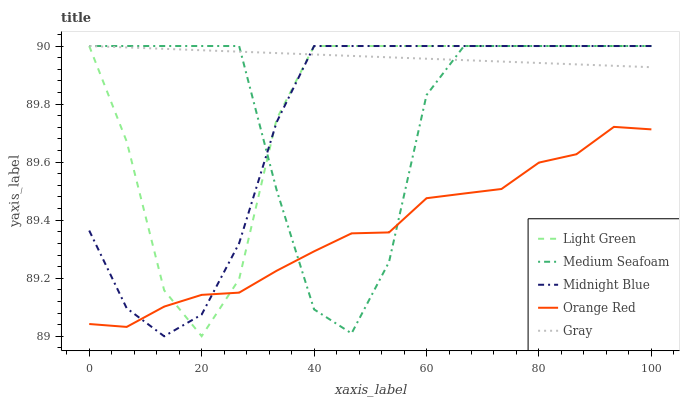
| xaxis_label | Light Green | Medium Seafoam | Midnight Blue | Orange Red | Gray |
 | --- | --- | --- | --- | --- | --- |
 | 0 | 90 | 90 | 89.4 | 89 | 90 |
 | 6.67 | 89.7 | 90 | 89.1 | 89 | 90 |
 | 13.3 | 89.2 | 90 | 89 | 89.1 | 90 |
 | 20 | 89 | 90 | 89.1 | 89.1 | 90 |
 | 26.7 | 89.2 | 90 | 89.3 | 89.2 | 90 |
 | 33.3 | 89.7 | 89.5 | 89.7 | 89.2 | 90 |
 | 40 | 90 | 89.1 | 90 | 89.3 | 90 |
 | 46.7 | 90 | 89 | 90 | 89.4 | 90 |
 | 53.3 | 90 | 89.3 | 90 | 89.4 | 90 |
 | 60 | 90 | 89.8 | 90 | 89.5 | 90 |
 | 66.7 | 90 | 90 | 90 | 89.5 | 90 |
 | 73.3 | 90 | 90 | 90 | 89.5 | 89.9 |
 | 80 | 90 | 90 | 90 | 89.6 | 89.9 |
 | 86.7 | 90 | 90 | 90 | 89.6 | 89.9 |
 | 93.3 | 90 | 90 | 90 | 89.7 | 89.9 |
 | 100 | 90 | 90 | 90 | 89.7 | 89.9 |